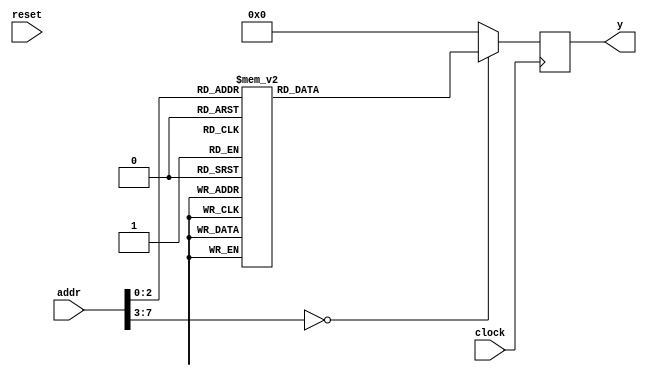
module main (
   input wire clock,
   input wire reset,
   input wire [7:0] addr,
   output wire [7:0] y
);
   (* ram_style = "block" *) reg [7:0] ram;

   always @(posedge clock) begin
     case(addr)
       8'd0: ram <= 8'hA1;
       8'd1: ram <= 8'hB2;
       8'd2: ram <= 8'hC3;
       8'd3: ram <= 8'hD4;
       8'd4: ram <= 8'hE5;
       8'd5: ram <= 8'hF6;
       8'd6: ram <= 8'h17;
       8'd7: ram <= 8'h28;
       default: ram <= 8'h00;
     endcase
   end

   assign y = ram;

endmodule